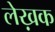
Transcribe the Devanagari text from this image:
लेख़क